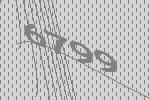
6799